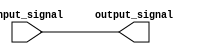
module active_high_buffer (
    input wire input_signal,
    output reg output_signal
);

assign output_signal = input_signal;

endmodule